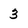
Character: 3